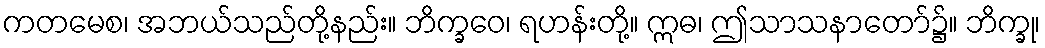
ကတမေစ၊ အဘယ်သည်တို့နည်း။ ဘိက္ခဝေ၊ ရဟန်းတို့။ ဣဓ၊ ဤသာသနာတော်၌။ ဘိက္ခု၊